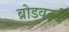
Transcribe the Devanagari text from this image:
ब्रोडवर्ल्ड